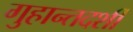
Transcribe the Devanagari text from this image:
गुहान्तदर्शी